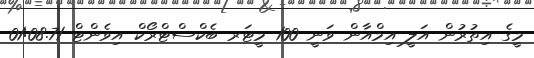
މީގެ އިތުރުން އަލީ އިމްއާން ވަނީ 100 މީޓަރ ބެކްސްޓްރޯކް އިވެންޓް 01:08.71